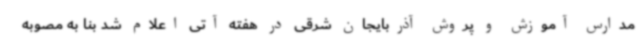
مدارس آموزش و پروش آذربایجان شرقی در هفته آتی اعلام شد بنا به مصوبه